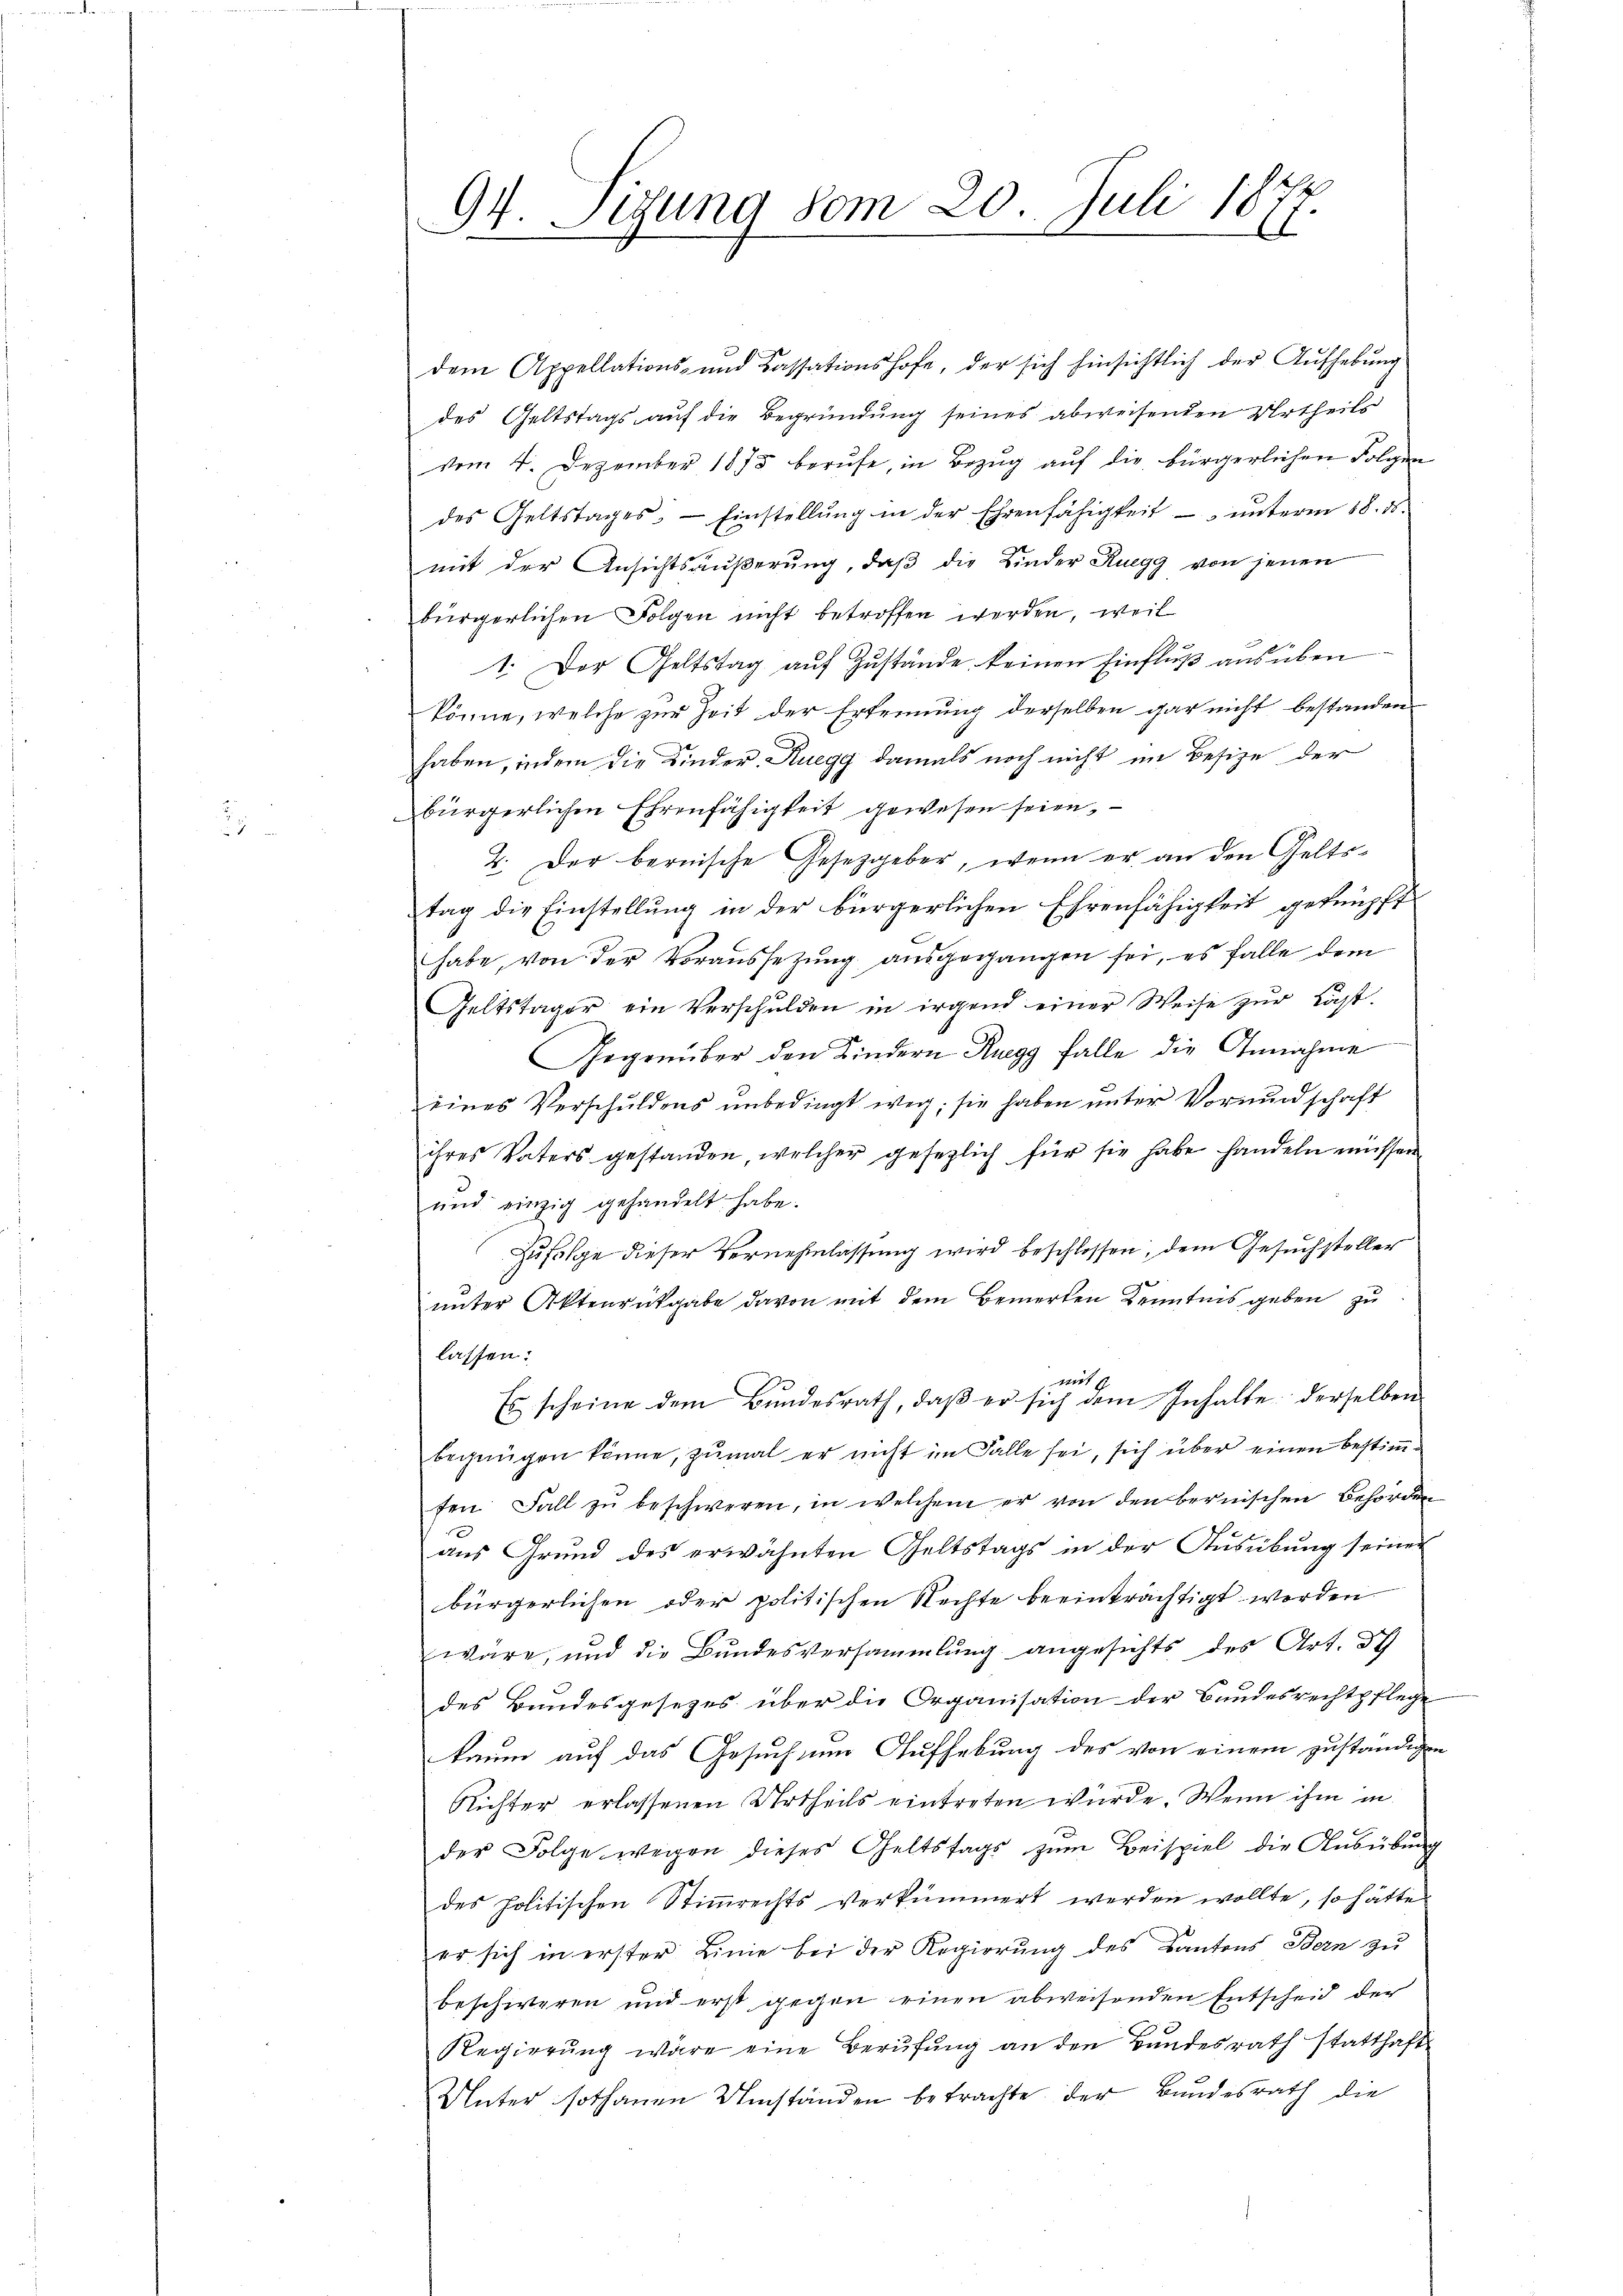
dem Appellations- und Cassationshofe, der sich hinsichtlich der Aufhebung
des Geltstags auf die Begründung seines abweisenden Urtheils
vom 4. Dezember 1875 berufe, in Bezug auf die bürgerlichen Folgen
des Geltstages: Einstellŭng in der Ehrenfähigkeit ŭnterm 18. ds.
mit der Ansichtsäußerung, daβ die Kinder Ruegg von jenen
bürgerlichen Folgen nicht betroffen werden, weil
1. Der Geltstag aŭf Zŭstände keinen Einflŭβ aŭsüben
könne, welche zur Zeit der Erkennung derselben gar nicht bestanden
haben, indem die Kinder-Ruegg damals noch nicht im Besize der
bürgerlichen Ehrenfähigkeit gewesen seien,
2. Der bernische Gesetzgeber, wenn er an den Geltstag die Einstellung in der bürgerlichen Ehrenfähigkeit geknüpft
habe, von der Voraussetzung ausgegangen sei, es falle dem
Geltstager ein Verschulden in irgend einer Weise zur Last.
Gegenüber den Kindern Ruegg falle die Annahme
3
eines Verschuldens unbedingt weg; sie haben unter Vormundschaft
ihres Vaters gestanden, welcher gesezlich für sie habe handeln müssen
und einzig gehandelt habe.
Zufolge dieser Vernehmlassung wird beschlossen, dem Gesuchsteller
unter Aktenrückgabe davon mit dem Bemerken Kenntnis geben zu
lassen:
mt 1
Es scheine dem Bŭndesrath, daβ er sich dem Inhalte derselben
begnügen könne, zumal er nicht im Falle sei, sich über einen bestimten Fall zŭ beschweren, in welchem er von den bernischen Behörden
aus Grund des erwähnten Geltstags in der Ausübung seiner
bürgerlichen oder politischen Rechte beeinträchtigt werden.
wäre, und die Bundesversammlung angesichts des Art. 38
des Bundesgesetzes über die Organisation der Bundesrechtpflege
kaum auf das Gesuch um Aufhebung des von einem zuständigen
Richter erlassenen Urtheils eintreten würde. Wenn ihm in
der Folge wegen dieser Geltstags zŭm Beispiel die Aŭsübŭng
des politischen Stimmrechts verkümmert werden wollte, so hätte
er sich in erster Linie bei der Regierung des Kantons Bern zu
beschweren und erst gegen einen abweisenden Entscheid der
Regierŭng wäre eine Berŭfŭng an den Bŭndesrath statthaft
Unter sothanen Umständen betrachte der Bundesrath die

94. Sigung vom 20. Juli 1877.